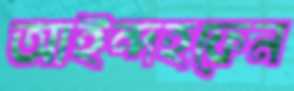
আইন্দহফেন